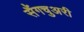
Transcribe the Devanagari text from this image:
सैंगचुअरी